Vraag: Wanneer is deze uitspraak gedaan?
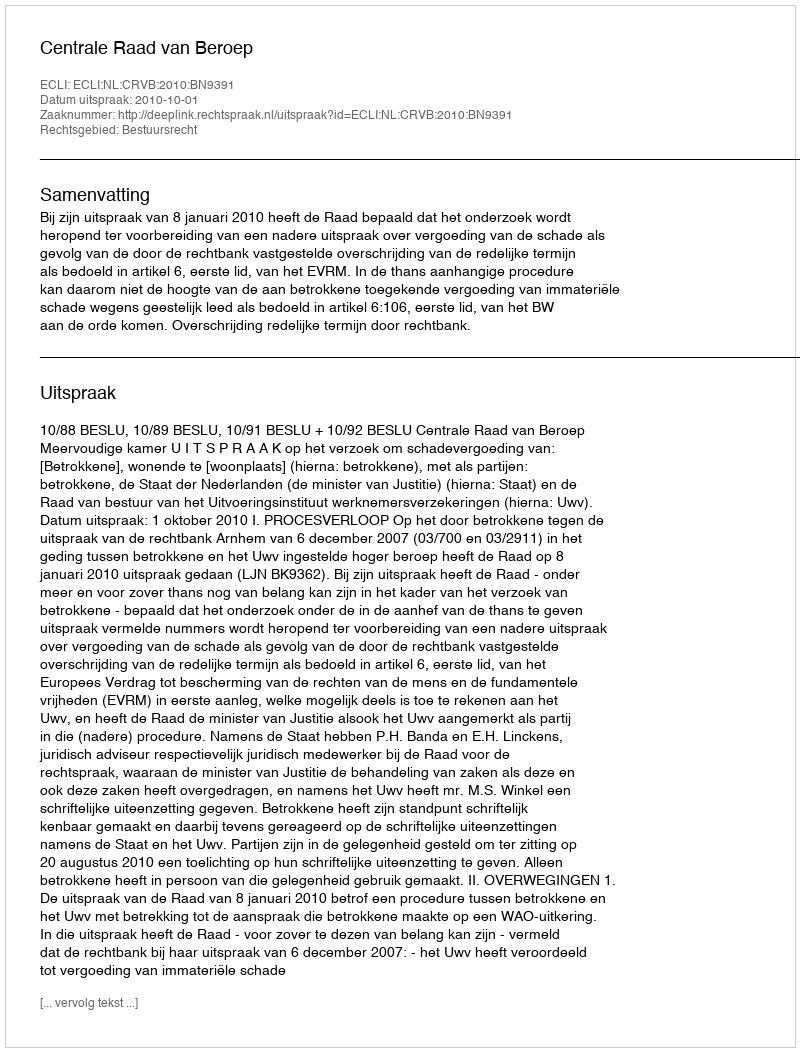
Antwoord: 2010-10-01